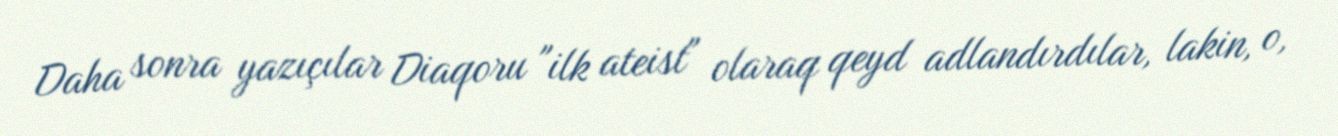
Daha sonra yazıçılar Diaqoru "ilk ateist" olaraq qeyd adlandırdılar, lakin, o,